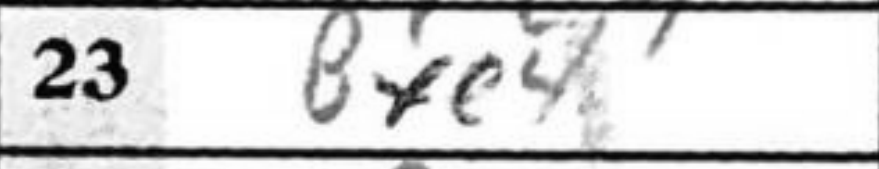
Transcription: Bxe4